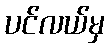
ပင်လယ်မှ